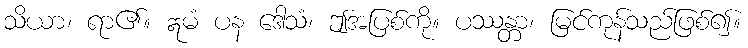
သိယာ၊ ရာ၏။ ဣမံ ပန ဒေါသံ၊ ဤအပြစ်ကို။ ပဿန္တာ၊ မြင်ကုန်သည်ဖြစ်၍။